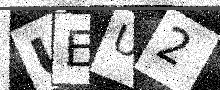
Text: UEU2